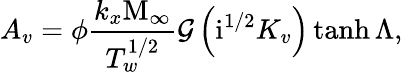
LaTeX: A_{v}=\phi\frac{k_{x}\mathrm{M}_{\infty}}{T_{w}^{1/2}}\mathcal{G}\left(\mathrm{i}^{1/2}K_{v}\right)\operatorname{tanh}{\Lambda},